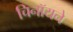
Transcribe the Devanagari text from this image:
चिनॉयने